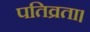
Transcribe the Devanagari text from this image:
पतिव्रता।